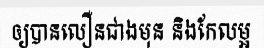
ឲ្យបានលឿនជាងមុន និងកែលម្អ